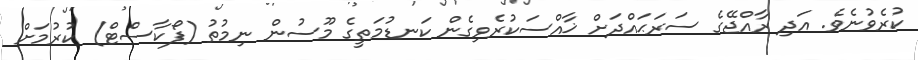
ކުރެވުނެވެ. އަދި ރާއްޖޭގެ ސަރަޙައްދަށް ޚާއްސަކުރެވިގެން ކަނޑުމަތީގެ މޫސުން ނިމުތު (ފޯކާސްޓް) ކުރުމަށް